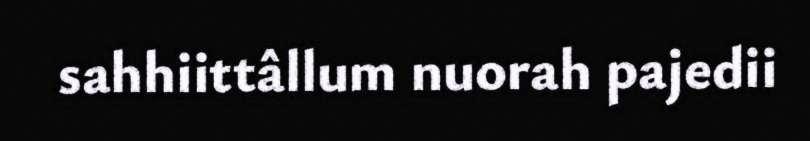
sahhiittâllum nuorah pajedii